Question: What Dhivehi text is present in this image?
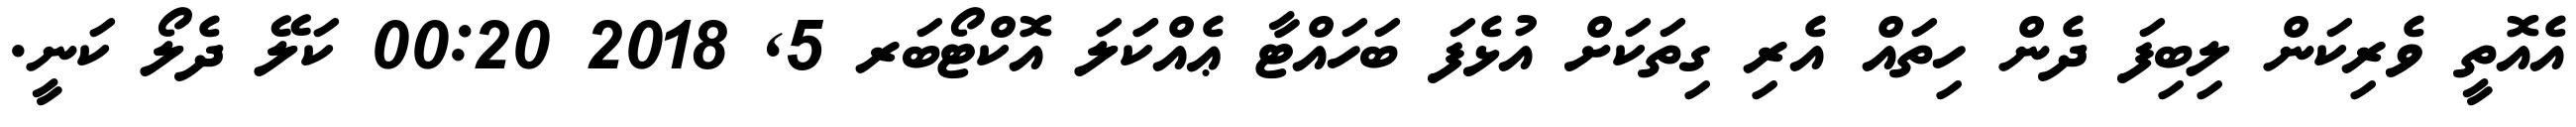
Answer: އެއޮތީ ވެރިކަން ލިބިފަ ދެން ހިތައް އެރި ގިތަކަށް އުޅެފަ ބަހައްޓާ ޢެއްކަަލަ އޮކްޓޯބަރ 5, 2018 00:20 ކަލޭ ދެލޯ ކަނީ.